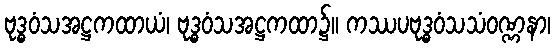
ဗုဒ္ဓဝံသအဋ္ဌကထာယံ၊ ဗုဒ္ဓဝံသအဋ္ဌကထာ၌။ ကဿပဗုဒ္ဓဝံသသံဝဏ္ဏနာ၊